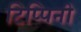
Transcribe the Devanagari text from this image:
टिप्पिनी